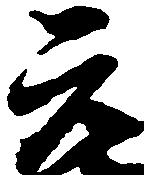
元